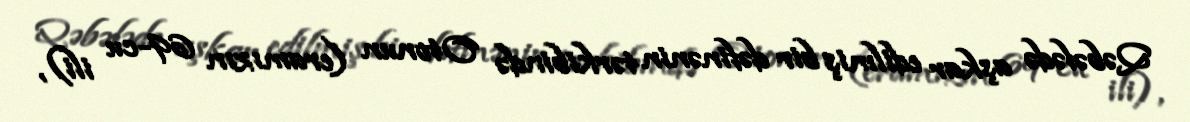
Qəbələdə aşkar edilmiş bir dəfinənin tərkibində Otonun (eramızın 69-cu ili),